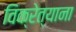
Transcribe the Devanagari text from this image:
विक्रेत्याना